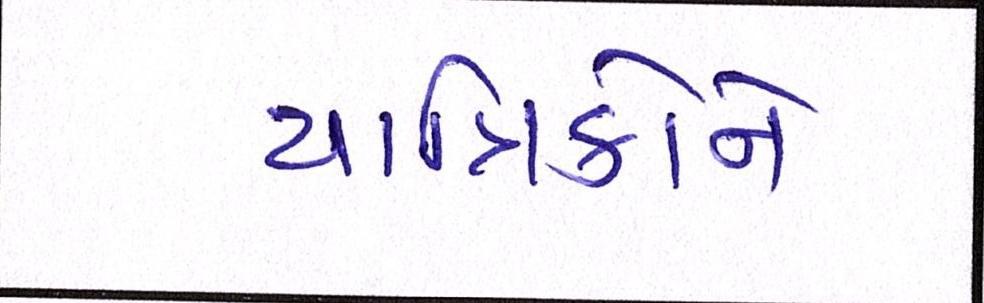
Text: યાત્રિકોને